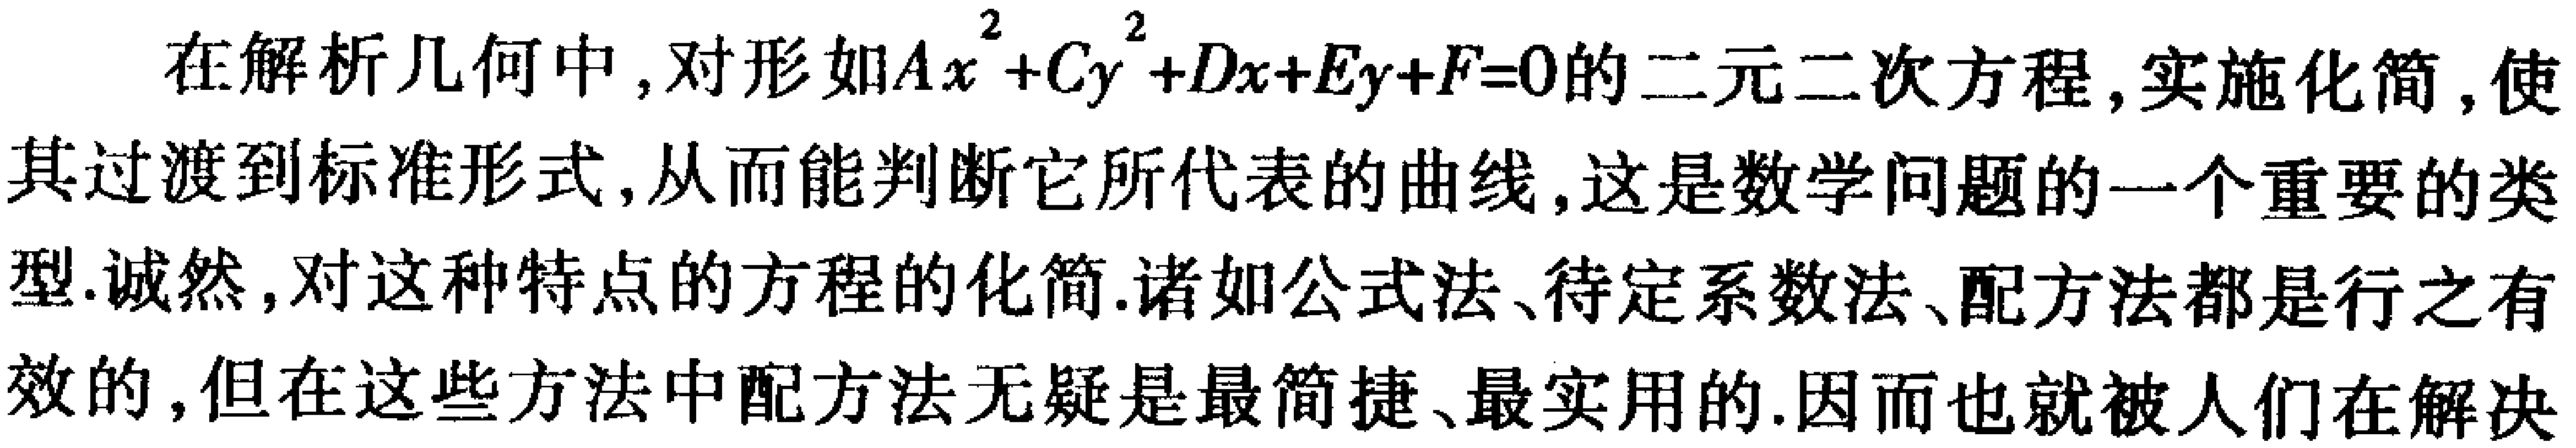
在解析几何中，对形如\(Ax^{2}+Cy^{2}+Dx + Ey+F = 0\)的二元二次方程，实施化简，使其过渡到标准形式，从而能判断它所代表的曲线，这是数学问题的一个重要的类型. 诚然，对这种特点的方程的化简. 诸如公式法、待定系数法、配方法都是行之有效的，但在这些方法中配方法无疑是最简捷、最实用的. 因而也就被人们在解决